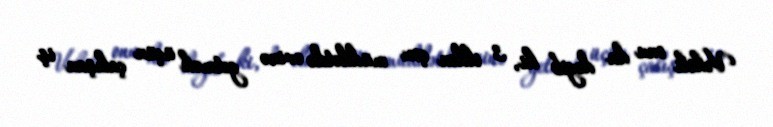
Vəkili onu da deyib ki, 3 ildən çox müddətdə evinə getmək üçün çalışan iş